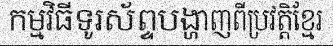
កម្មវិធីទូរស័ព្ទបង្ហាញពីប្រវត្តិខ្មែរ